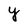
Character: Y